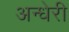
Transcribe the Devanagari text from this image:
अन्धेरी